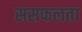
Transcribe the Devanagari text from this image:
ससफलता